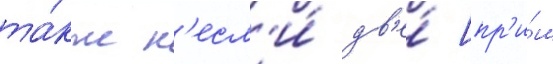
та́кже н'есл'и́ дв'е́ [пр'и́м